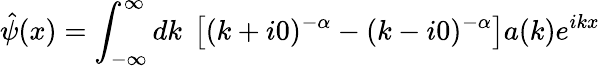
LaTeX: \hat{\psi}(x)=\int_{-\infty}^{\infty}dk~\left[(k+i0)^{-\alpha}-(k-i0)^{-\alpha}\right]a(k)e^{ikx}